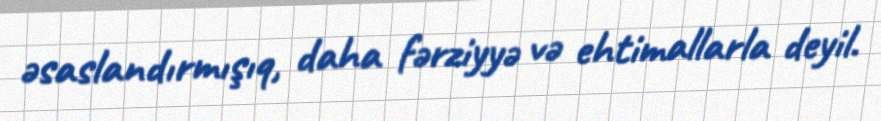
əsaslandırmışıq, daha fərziyyə və ehtimallarla deyil.